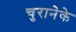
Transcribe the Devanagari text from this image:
चुरानेके